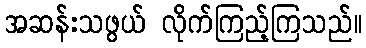
အဆန်းသဖွယ် လိုက်ကြည့်ကြသည်။